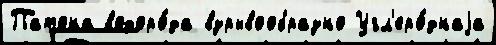
Патона водоро́да взрывообразно Угл'еро́днаjа